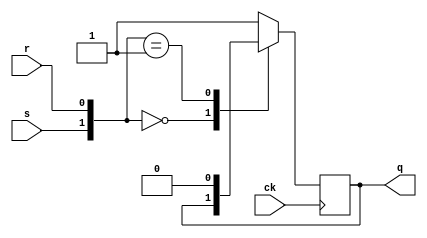

module flip_flop_sr( ck, s,r,q);

input ck, s, r;
output q;

reg q;
wire s, r, ck;



// sincronizzazione sul fronte positivo del clock

always @(posedge ck)
begin
case ({s,r})

2'b00: q<=q;
2'b01: q<=1'b0;
2'b10: q<=1'b1;

default: q<= 1'b1;


endcase
end 

endmodule